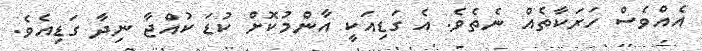
އެއްވެސް ހަރަކާތެއް ނެތެވެ. އެ ގަޑިއަކީ އާންމުކޮށް ކުޑަ ކުއްޖާ ނިދާ ގަޑިއެވެ.